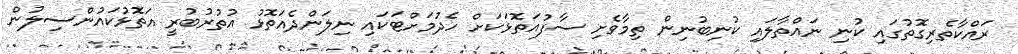
ރައްކާތެރިގޮތުގައި ކުނި ނައްތާލައި ކުނިބުނިން ތިމާވެށި ސާފުއަތޮޅަކަށް ހެދުމަށްޓަކައި ނިލަންދެއަތޮޅު އުތުރުބުރީ އަތޮޅުކައުންސިލުން